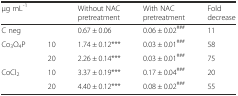
<table><thead><tr><td colspan="2"><b>μg mL<sup>-1</sup></b></td><td><b>Without NAC pretreatment</b></td><td><b>With NAC pretreatment</b></td><td><b>Fold decrease</b></td></tr></thead><tbody><tr><td colspan="2">C neg</td><td>0.67 ± 0.06</td><td>0.06 ± 0.02<sup>###</sup></td><td>11</td></tr><tr><td rowspan="2">Co<sub>3</sub>O<sub>4</sub>P</td><td>10</td><td>1.74 ± 0.12***</td><td>0.03 ± 0.01<sup>###</sup></td><td>58</td></tr><tr><td>20</td><td>2.26 ± 0.14***</td><td>0.03 ± 0.01<sup>###</sup></td><td>75</td></tr><tr><td rowspan="2">CoCl<sub>2</sub></td><td>10</td><td>3.37 ± 0.19***</td><td>0.17 ± 0.04<sup>###</sup></td><td>20</td></tr><tr><td>20</td><td>4.40 ± 0.12***</td><td>0.08 ± 0.02<sup>###</sup></td><td>55</td></tr></tbody></table>